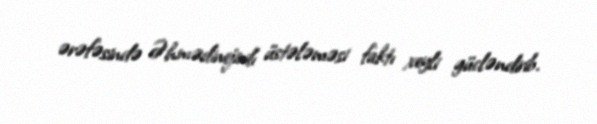
ərəfəsində Əhmədinejadı üstələməsi faktı xeyli gücləndirib.